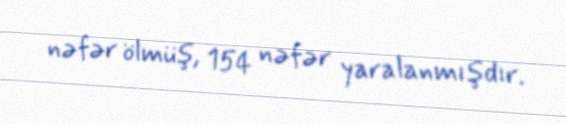
nəfər ölmüş, 154 nəfər yaralanmışdır.